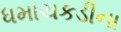
ધમાચકડીના